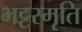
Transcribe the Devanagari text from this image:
भट्टस्मृति